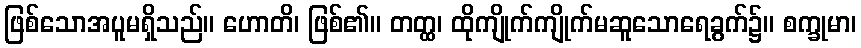
ဖြစ်သောအပူမရှိသည်။ ဟောတိ၊ ဖြစ်၏။ တတ္ထ၊ ထိုကျိုက်ကျိုက်မဆူသောရေခွက်၌။ စက္ခုမာ၊